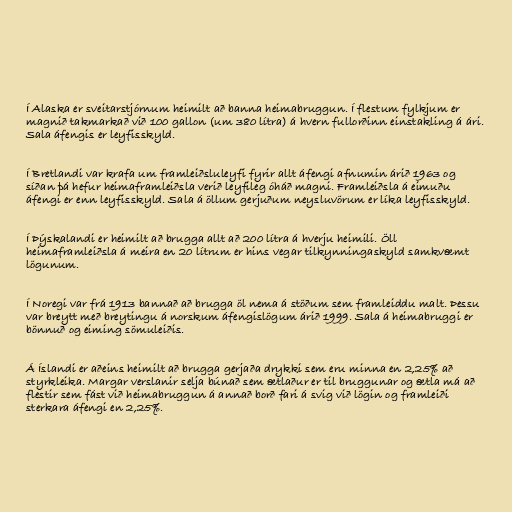
Í Alaska er sveitarstjórnum heimilt að banna heimabruggun. Í flestum fylkjum er
magnið takmarkað við 100 gallon (um 380 lítra) á hvern fullorðinn einstakling á ári.
Sala áfengis er leyfisskyld.

Í Bretlandi var krafa um framleiðsluleyfi fyrir allt áfengi afnumin árið 1963 og
síðan þá hefur heimaframleiðsla verið leyfileg óháð magni. Framleiðsla á eimuðu
áfengi er enn leyfisskyld. Sala á öllum gerjuðum neysluvörum er líka leyfisskyld.

Í Þýskalandi er heimilt að brugga allt að 200 lítra á hverju heimili. Öll
heimaframleiðsla á meira en 20 lítrum er hins vegar tilkynningaskyld samkvæmt
lögunum.

Í Noregi var frá 1913 bannað að brugga öl nema á stöðum sem framleiddu malt. Þessu
var breytt með breytingu á norskum áfengislögum árið 1999. Sala á heimabruggi er
bönnuð og eiming sömuleiðis.

Á Íslandi er aðeins heimilt að brugga gerjaða drykki sem eru minna en 2,25% að
styrkleika. Margar verslanir selja búnað sem ætlaður er til bruggunar og ætla má að
flestir sem fást við heimabruggun á annað borð fari á svig við lögin og framleiði
sterkara áfengi en 2,25%.